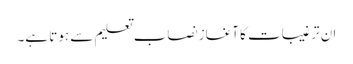
ان ترغیبات کا آغاز نصاب تعلیم سے ہوتا ہے۔